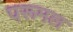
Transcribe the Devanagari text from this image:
परूमल